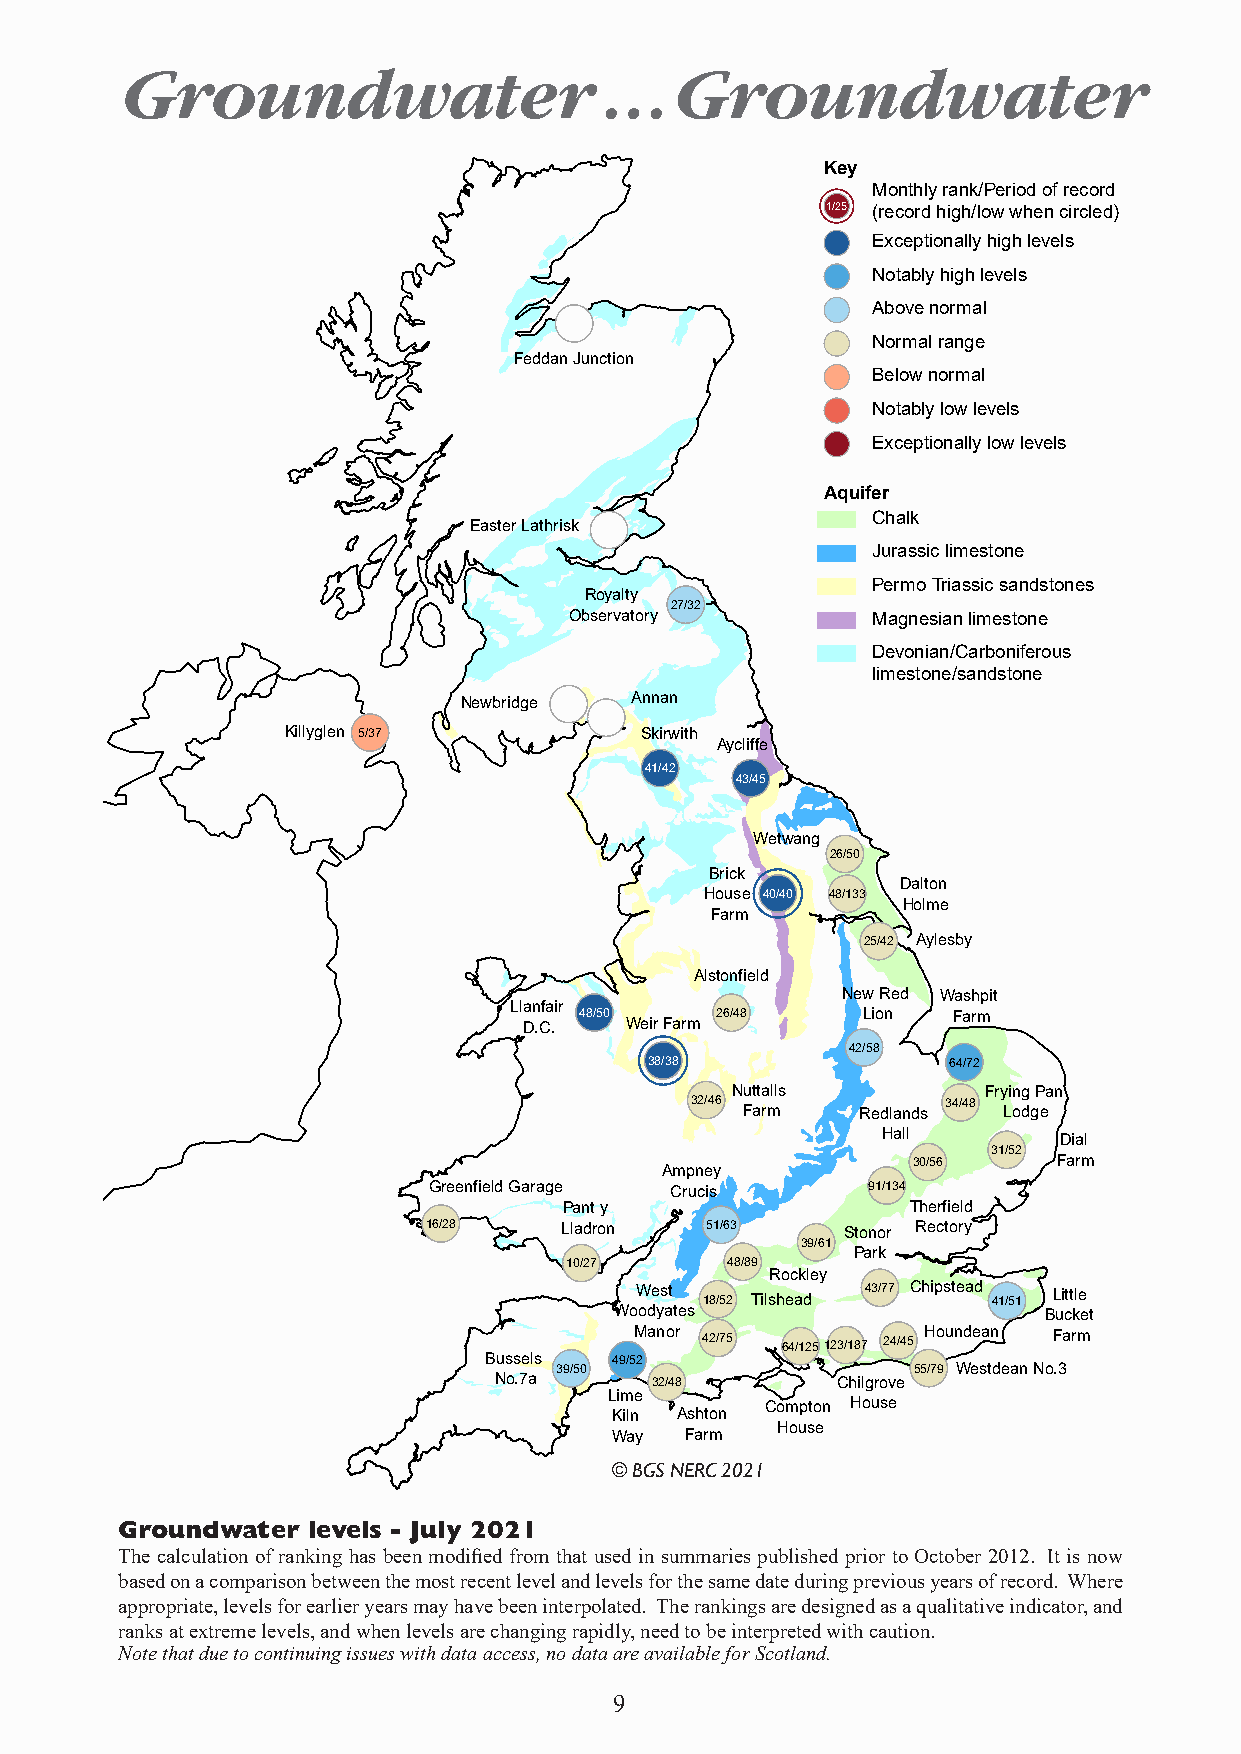
Groundwater                     . . . Groundwater
 Key
 Monthly rank/Period of record
 1/25 (record high/low when circled)
 Exceptionally high levels
 Notably high levels
 Above normal
 Normal range
 Feddan Junction
 Below normal
 Notably low levels
 Exceptionally low levels
 Aquifer
 Chalk
 Easter Lathrisk
 Jurassic limestone
 Permo Triassic sandstones
 Royalty
 27/32
 Observatory         Magnesian limestone
 Devonian/Carboniferous
 limestone/sandstone
 Newbridge   Annan
 Killyglen 5/37         Skirwith
 Aycliffe
 41/42
 43/45
 Wetwang
 26/50
 Brick
 Dalton
 House 40/40 48/133
 Holme
 Farm
 25/42 Aylesby
 Alstonfield
 New Red Washpit
 Llanfair
 48/50    26/48     Lion  Farm
 D.C.  Weir Farm
 42/58
 38/38               64/72
 Nuttalls         Frying Pan
 32/46            34/48
 Farm    Redlands Lodge
 Hall        Dial
 31/52
 30/56     Farm
 Ampney
 Greenfield Garage Crucis     91/134
 Pant y                 Therfield
 16/28    Lladron   51/63    Stonor Rectory
 39/61
 Park
 10/27      48/89
 Rockley
 West 18/52 Tilshead 43/77 Chipstead 41/51 Little
 Woodyates                   Bucket
 Manor 42/75 64/125123/187 24/45 Houndean Farm
 Bussels  49/52
 39/50                  55/79 Westdean No.3
 No.7a     32/48       Chilgrove
 Lime
 Compton House
 Kiln Ashton
 House
 Way  Farm
 © BGS NERC 2021
 Groundwater levels - July 2021
 The calculation of ranking has been modified from that used in summaries published prior to October 2012. It is now
 based on a comparison between the most recent level and levels for the same date during previous years of record. Where
 appropriate, levels for earlier years may have been interpolated. The rankings are designed as a qualitative indicator, and
 ranks at extreme levels, and when levels are changing rapidly, need to be interpreted with caution.
 Note that due to continuing issues with data access, no data are available for Scotland.
 9